Vaccination North-Western Provinces and Oudh 1896-1901 - 1896-1901
Year: 1896
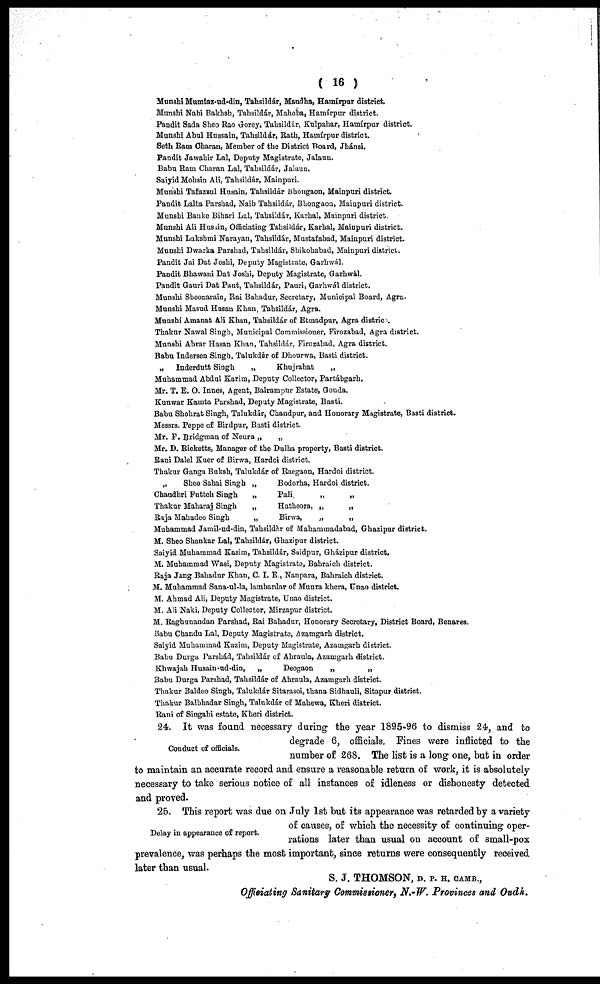
( 16 )
Munshi Mumtaz-ud-din, Tahsildár, Maudha, Hamírpur district.
Munshi Nabi Bakhsh, Tahsildár, Mahoba, Hamírpur district.
Pandit Sada Sheo Rao Gorey, Tahsildár, Kulpahar, Hamírpur district.
Munshi Abul Hussain, Tahsildár, Rath, Hamírpur district.
Seth Ram Charan, Member of the District Board, Jhánsi.
Pandit Jawahir Lal, Deputy Magistrate, Jalaun.
Babu Ram Charan Lal, Tahsildár, Jalaun.
Saiyid Mohsin Ali, Tahsildár, Mainpuri.
Munshi Tafazzul Husain, Tahsildár Bhongaon, Mainpuri district.
Pandit Lalta Parshad, Naib Tahsildár, Bhongaon, Mainpuri district.
Munshi Banke Bihari Lal, Tahsildár, Karhal, Mainpuri district.
Munshi Ali Husain, Officiating Tahsildár, Karhal, Mainpuri district.
Munshi Lakshmi Narayan, Tahsildár, Mustafabad, Mainpuri district.
Munshi Dwarka Parshad, Tahsildár, Shikobabad, Mainpuri district.
Pandit Jai Dat Joshi, Deputy Magistrate, Garhwál.
Pandit Bhawani Dat Joshi, Deputy Magistrate, Garhwál.
Pandit Gauri Dat Pant, Tahsildár, Pauri, Garhwál district.
Munshi Sheonarain, Rai Bahadur, Secretary, Municipal Board, Agra.
Munshi Masud Hasan Khan, Tahsildár, Agra.
Munshi Amanat Ali Khan, Tahsildár of Etmadpur, Agra distric .
Thakur Nawal Singh, Municipal Commissioner, Firozabad, Agra district.
Munshi Abrar Hasan Khan, Tahsildár, Firozabad, Agra district.
Babu Indersen Singh, Talukdár of Dhourwa, Basti district.
„
Inderdutt Singh
„
Khujrahat
„
Muhammad Abdul Karim, Deputy Collector, Partábgarh.
Mr. T. E. O. Innes, Agent, Balrampur Estate, Gonda.
Kunwar Kamta Parshad, Deputy Magistrate, Basti.
Babu Shohrat Singh, Talukdár, Chandpur, and Honorary Magistrate, Basti district.
Messrs. Peppe of Birdpur, Basti district.
Mr. F. Bridgman of Neura „
„
Mr. D. Ricketts, Manager of the Dulha property, Basti district.
Rani Dalel Kuer of Birwa, Hardoi district.
Thakur Ganga Buksh, Talukdár of Raegaon, Hardoi district.
„
Sheo Sahai Singh „
Bodorha, Hardoi district.
Chaudhri Futteh Singh
„
Pali
„
„
Thakur Maharaj Singh
„
Hatheora, „
„
Raja Mahadeo Singh
„
Birwa,
„
„
Muhammad Jamil-ud-din, Tahsildár of Mahammadabad, Ghazipur district.
M. Sheo Shankar Lal, Tahsildár, Ghazipur district.
Saiyid Muhammad Kasim, Tahsildár, Saidpur, Gházipur district.
M. Muhammad Wasi, Deputy Magistrate, Bahraich district.
Raja Jang Bahadur Khan, C. I. E., Nanpara, Bahraich district.
M. Muhammad Sana-ul-la, lambardar of Munra khera, Unao district.
M. Ahmad Ali, Deputy Magistrate, Unao district.
M. Ali Naki, Deputy Collector, Mirzapur district.
M. Raghunandan Parshad, Rai Bahadur, Honorary Secretary, District Board, Benares.
Babu Chandu Lal, Deputy Magistrate, Azamgarh district.
Saiyid Muhammad Kazim, Deputy Magistrate, Azamgarh district.
Babu Durga Parshád, Tahsildár of Ahraula, Azamgarh district.
Khwajah Husain-ud-din,
„
Deogaon
„
„
Babu Durga Parshad, Tahsildár of Ahraula, Azamgarh district.
Thakur Baldeo Singh, Talukdár Sitarasoi, thana Sidhauli, Sitapur district.
Thakur Balbhadar Singh, Talukdár of Mahewa, Kheri district.
Rani of Singahi estate, Kheri district.
Conduct of officials.
24. It was found necessary during the year 1895-96 to dismiss 24, and to
degrade 6, officials. Fines were inflicted to the
number of 268. The list is a long one, but in order
to maintain an accurate record and ensure a reasonable return of work, it is absolutely
necessary to take serious notice of all instances of idleness or dishonesty detected
and proved.
Delay in appearance of report.
25. This report was due on July 1st but its appearance was retarded by a variety
of causes, of which the necessity of continuing oper-
-ations later than usual on account of small-pox
prevalence, was perhaps the most important, since returns were consequently received
later than usual.
S. J. THOMSON, D. P. H. CAMB.,
Officiating Sanitary Commissioner, N.-W. Provinces and Oudh.